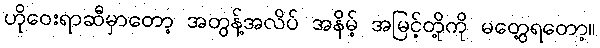
ဟိုဝေးရာဆီမှာတော့ အတွန့်အလိပ် အနိမ့် အမြင့်တို့ကို မတွေ့ရတော့။